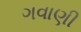
ગવાણી